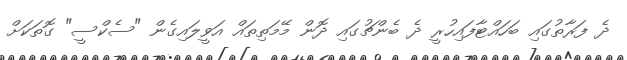
ދެ ފަރާތުގައި ބަހައްޓާފައިހުރީ ދެ ބެންޗުގައި ދޮން މޭމަތިތައް އަވީލައިގެން "ސެކްސީ" ގޮތަކަށް